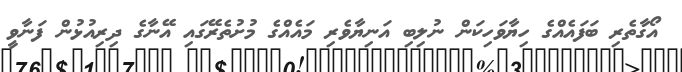
އޯގާތެރި ބަފައެއްގެ ހިޔާވަހިކަން ނުލިބި އަނިޔާވެރި މައެއްގެ މުށުތެރޭގައި އޭނާގެ ދިރިއުޅުން ފަނާވީ